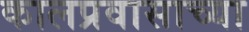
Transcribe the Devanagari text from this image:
कालप्रवासाच्या